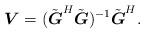
LaTeX: \begin{align*}\boldsymbol{V}=(\tilde{\boldsymbol{G}}^H\tilde{\boldsymbol{G}})^{-1}\tilde{\boldsymbol{G}}^H.\end{align*}